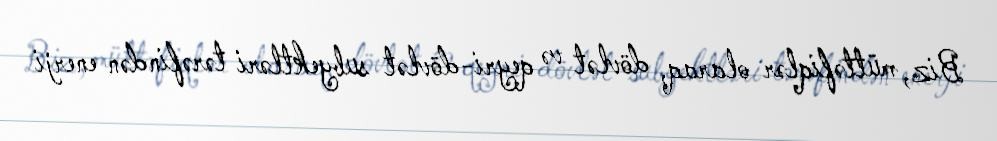
Biz, müttəfiqlər olaraq, dövlət və qeyri-dövlət subyektləri tərəfindən enerji